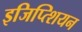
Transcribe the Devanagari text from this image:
इजिप्त्शियन